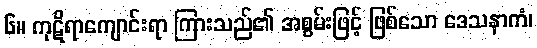
၆။ ကုဋိရာကျောင်းရာ ကြားသည်၏ အစွမ်းဖြင့် ဖြစ်သော ဒေသနာကံ၊